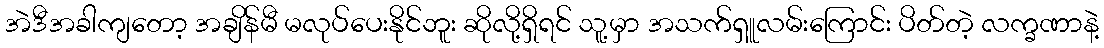
အဲဒီအခါကျတော့ အချိန်မီ မလုပ်ပေးနိုင်ဘူး ဆိုလို့ရှိရင် သူ့မှာ အသက်ရှူလမ်းကြောင်း ပိတ်တဲ့ လက္ခဏာနဲ့